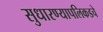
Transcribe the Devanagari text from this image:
सुधारण्यापलिकडचे